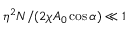
\eta ^ { 2 } N / ( 2 \chi A _ { 0 } \cos \alpha ) \ll 1